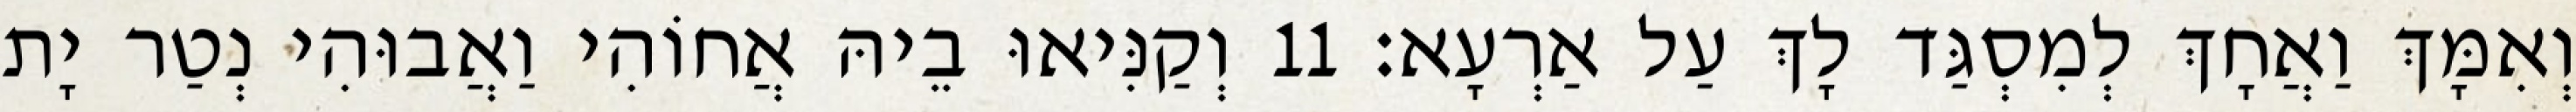
וְאִמָּךְ וַאֲחָךְ לְמִסְגַּד לָךְ עַל אַרְעָא׃ 11 וְקַנִּיאוּ בֵיהּ אֲחוֹהִי וַאֲבוּהִי נְטַר יָת